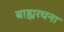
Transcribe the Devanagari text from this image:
बाह्यरचना